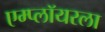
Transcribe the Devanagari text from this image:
एम्प्लॉयरला